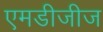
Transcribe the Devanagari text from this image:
एमडीजीज